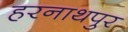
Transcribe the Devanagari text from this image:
हरनाथपुर